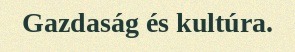
Gazdaság és kultúra.